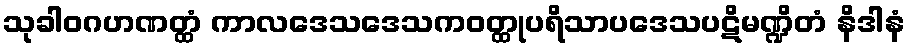
သုခါဝဂဟဏတ္ထံ ကာလဒေသဒေသကဝတ္ထုပရိသာပဒေသပဋိမဏ္ဍိတံ နိဒါနံ